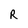
Character: R